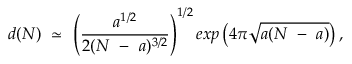
d ( N ) ~ \simeq ~ \left( \frac { a ^ { 1 / 2 } } { 2 ( N ~ - ~ a ) ^ { 3 / 2 } } \right) ^ { 1 / 2 } e x p \left( 4 \pi { \sqrt { a ( N ~ - ~ a ) } } \right) ,